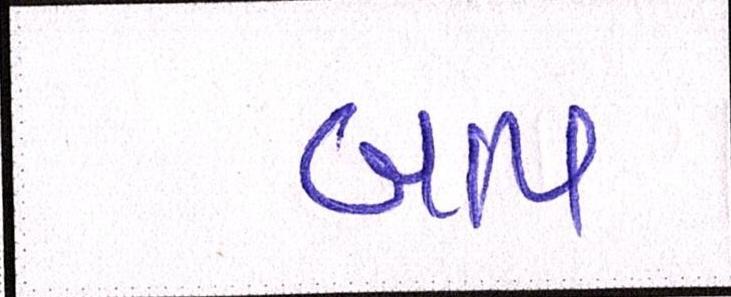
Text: બાપ